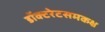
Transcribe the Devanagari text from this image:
डॉक्टरेटसमकक्ष